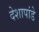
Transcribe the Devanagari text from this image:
देशापांडे